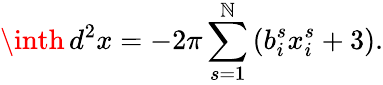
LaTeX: \inth\, d^{2}x=-2\pi\sum_{s=1}^{\mathbb{N}}\left(b_{i}^{s}x_{i}^{s}+3\right).